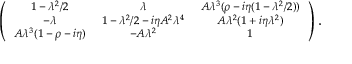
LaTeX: \scriptsize \left( { \begin{array} { c c c } { { 1 - \lambda ^ { 2 } / 2 } } & { { \lambda } } & { { A \lambda ^ { 3 } ( \rho - i \eta ( 1 - \lambda ^ { 2 } / 2 ) ) } } \\ { { - \lambda } } & { { 1 - \lambda ^ { 2 } / 2 - i \eta A ^ { 2 } \lambda ^ { 4 } } } & { { A \lambda ^ { 2 } ( 1 + i \eta \lambda ^ { 2 } ) } } \\ { { A \lambda ^ { 3 } ( 1 - \rho - i \eta ) } } & { { - A \lambda ^ { 2 } } } & { { 1 } } \end{array} } \right) .